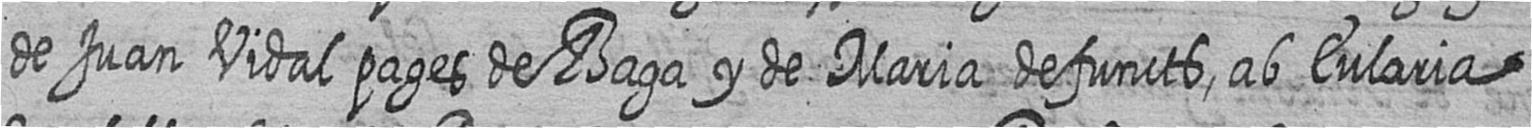
de Juan Vidal pages de Baga y de Maria defuncts ab Eularia